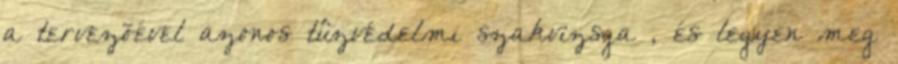
a tervezõével azonos tûzvédelmi szakvizsga , és legyen meg